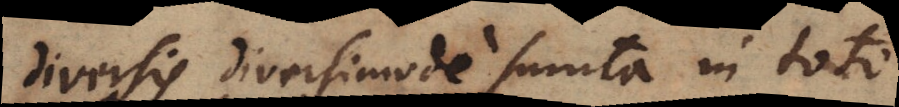
diversis diversimode sumta in toto